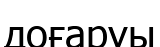
доғаруы